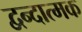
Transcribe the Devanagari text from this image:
द्वन्दात्मक